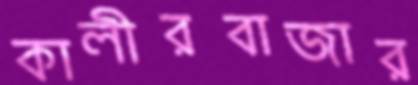
কালীরবাজার